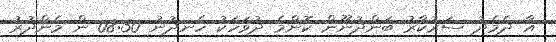
އާ ދެމެދު ސަރުކާރު ބަންދުނޫން ކޮންމެ ދުވަހަކު ހެނދުނު 08:30 ން މެންދުރު